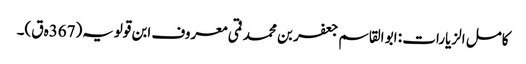
کامل الزیارات : ابو القاسم جعفر بن محمد قمی معروف ابن قولویہ(367ہ ق)۔